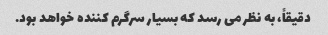
دقیقاً، به نظر می رسد که بسیار سرگرم کننده خواهد بود.